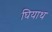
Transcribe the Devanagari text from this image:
घियाथ